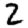
Digit: 2